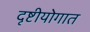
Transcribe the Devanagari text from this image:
दृष्टीयोगात